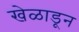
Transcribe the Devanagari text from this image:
खेळाडून